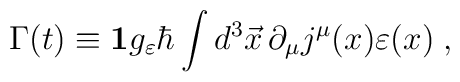
\Gamma(t) \equiv {\bf 1} g_\varepsilon \hbar \int d^3\vec{x}\,\partial_\mu j^\mu(x) \varepsilon(x)\;,